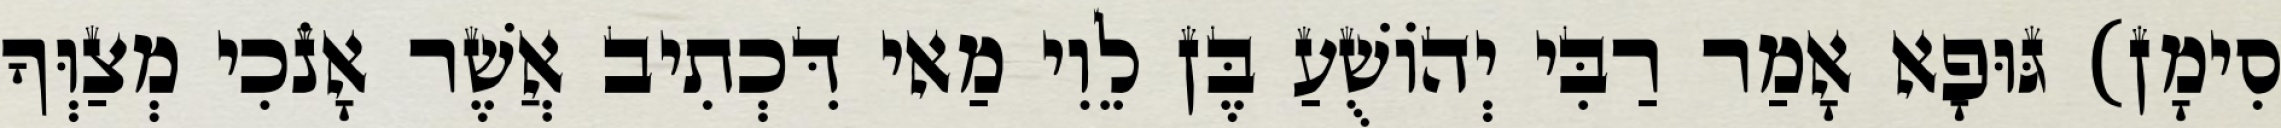
סִימָן) גּוּפָא אָמַר רַבִּי יְהוֹשֻׁעַ בֶּן לֵוִי מַאי דִּכְתִיב אֲשֶׁר אָנֹכִי מְצַוְּךָ